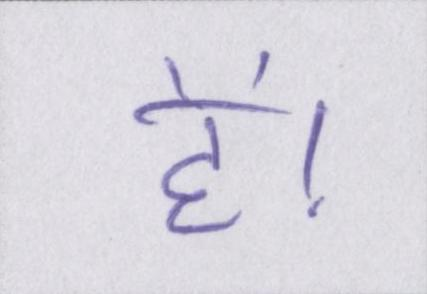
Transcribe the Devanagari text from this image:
हें।